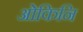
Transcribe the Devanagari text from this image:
ओकिनि